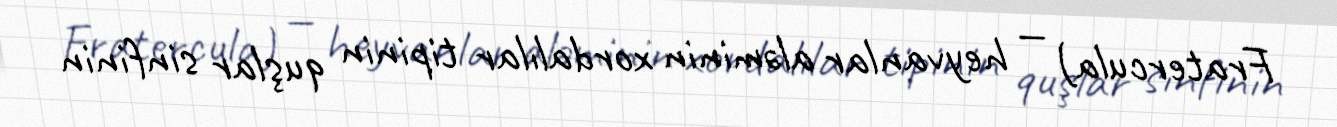
Fratercula) — heyvanlar aləminin xordalılar tipinin quşlar sinfinin